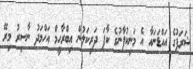
ޝަރަފުގެ އައްޑަނައާ އެ މަނިކުފާނުގެ ކާފަ ދަރިކަލުން އިބްރާހީމް އަހްމަދު ނާސިރު މިރޭ